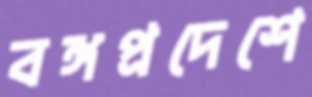
বঙ্গপ্রদেশে